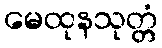
မေထုနသုတ္တံ